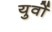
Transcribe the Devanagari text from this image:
युवों